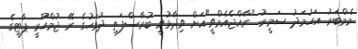
މެމްބަރު އަހުމަދު ސަމީރު "ރާއްޖެއެމްވީ"އަށް ވިދާޅުވީ ބުރާސްފަތި ދުވަހުގެ ރޭ ޖުމްހޫރީ ޕާޓީގެ